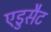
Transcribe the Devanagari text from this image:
एडुसैट